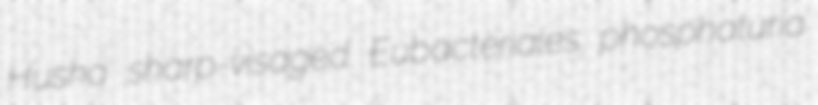
Husha sharp-visaged Eubacteriales phosphaturia